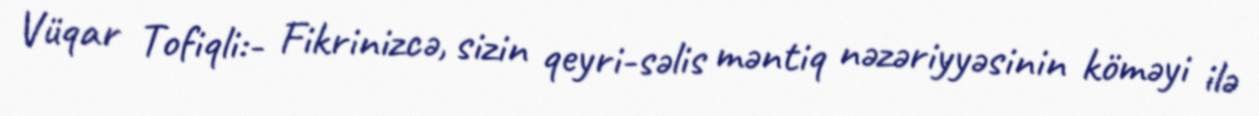
Vüqar Tofiqli:- Fikrinizcə, sizin qeyri-səlis məntiq nəzəriyyəsinin köməyi ilə